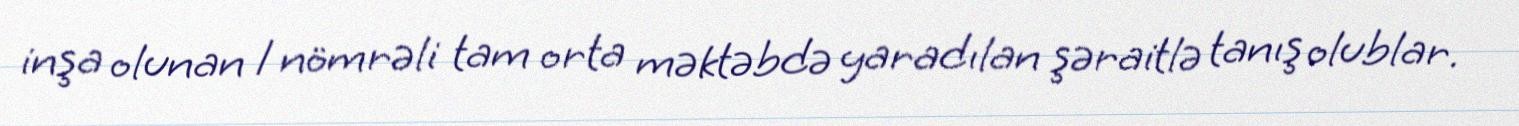
inşa olunan 1 nömrəli tam orta məktəbdə yaradılan şəraitlə tanış olublar.